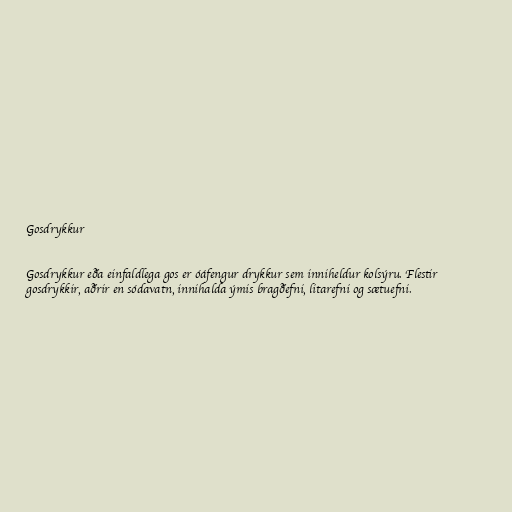
Gosdrykkur

Gosdrykkur eða einfaldlega gos er óáfengur drykkur sem inniheldur kolsýru. Flestir
gosdrykkir, aðrir en sódavatn, innihalda ýmis bragðefni, litarefni og sætuefni.